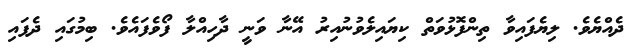
ދެއްޔެވެ. ލިޔެފައިވާ ތިންފޮޅުވަތް ކިޔައިލެވުނުއިރު އޭނާ ވަނީ ދާހިއްލާ ފޯވެފައެވެ. ބިމުގައި ދެފައި